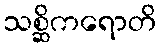
သစ္ဆိကရောတိ